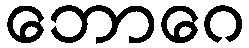
ဘောဂေ